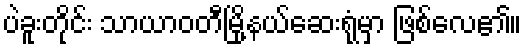
ပဲခူးတိုင်း သာယာဝတီမြို့နယ်ဆေးရုံမှာ ဖြစ်လေ၏။